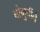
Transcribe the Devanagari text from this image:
बोगुर्चीने